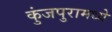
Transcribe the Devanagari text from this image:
कुंजपुरामध्ये